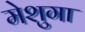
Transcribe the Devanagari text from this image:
मेशुगा